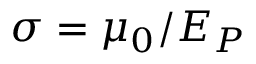
\sigma = \mu _ { 0 } / E _ { P }